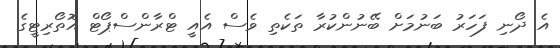
އެ ދޯނި ފަހަރު ބަނުމަށް ބޭނުންކުރާ ތަކެތި ވެސް އެއީ ޓްރާންސްޕޯޓް އޮތޯރިޓީގެ